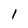
Character: 1